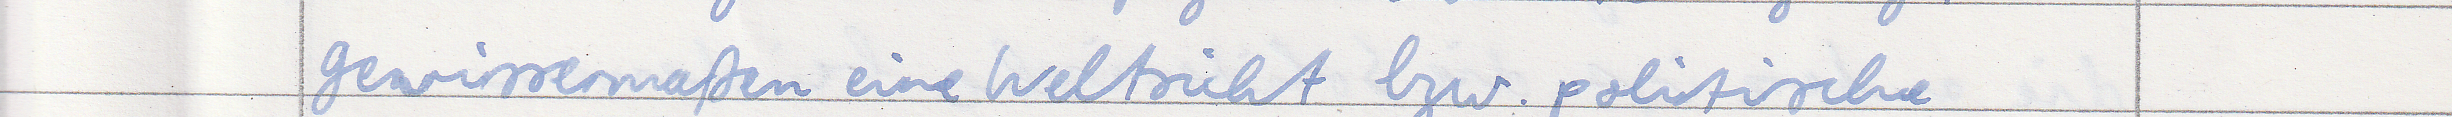
gewissermaßen eine Weltsicht bzw. politische